Vaccination in Bombay 1913-1923 - 1913-1923
Year: 1913
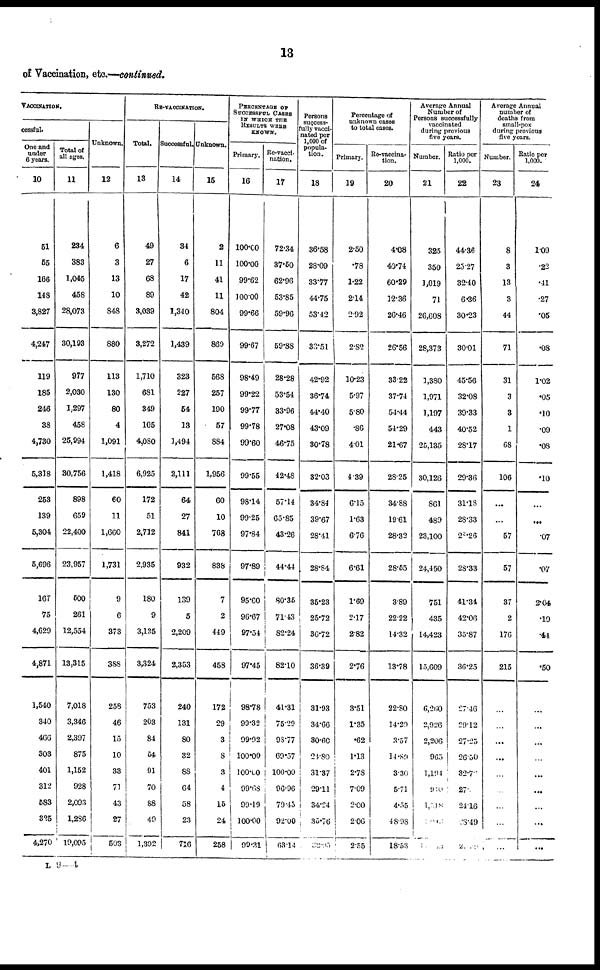
13
of Vaccination, etc.—continued.
VACCINATION.
cessful.
One and
under
6 years.
10
51
55
166
148
3,827
4,247
119
185
248
38
4,730
5,318
253
139
5,304
5,696
167
75
4,629
4,871
1,540
340
466
303
401
312
583
325
4,270
Total of
all ages.
11
234
383
1,045
458
28,073
30,193
977
2,030
1,297
458
25,994
30,756
898
659
22,400
23,957
500
261
12,554
13,315
7,018
3,346
2,397
875
1,152
928
2,093
1,236
19,095
Unknown.
12
6
3
13
10
848
880
113
130
80
4
1,091
1,418
60
11
1,660
1,731
9
6
373
388
258
46
15
10
33
71
43
27
503
RE-VACCINATION.
Total.
13
49
27
68
89
3,039
3,272
1,710
681
349
105
4,080
6,925
172
51
2,712
2,935
180
9
3,135
3,324
753
203
84
54
91
70
88
49
1,392
Successful.
14
34
6
17
42
1,340
1,439
323
227
54
13
1,494
2,111
64
27
841
932
139
5
2,209
2,353
240
131
80
32
88
64
58
23
716
Unknown.
15
2
11
41
11
804
869
568
257
190
57
884
1,956
60
10
768
838
7
2
449
458
172
29
3
8
8
4
15
24
258
PERCENTAGE OF
SUCCESSFUL CASES
IN WHICH THE
RESULTS WERE
KNOWN.
Primary.
16
100.00
100.00
99.62
100.00
99.66
99.67
98.49
99.22
99.77
99.78
99.60
99.55
98.14
99.25
97.84
97.89
95.60
96.67
97.54
97.45
98.78
99.32
99.92
100.00
100.00
99.68
99.19
100.00
99.31
Re-vacci-
nation.
17
72.34
37.50
62.96
53.85
59.96
59.88
28.28
53.54
33.96
27.08
46.75
42.48
57.14
65.85
43.26
44.44
80.36
71.43
82.24
82.10
41.31
75.29
98.77
69.57
100.00
96.96
79.45
92.00
63.14
Persons
success-
fully vacci-
nated per
1,000 of
popula-
tion.
18
36.58
28.09
33.77
44.75
53.42
30.51
42.92
36.74
44.40
43.09
30.78
32.03
34.84
39.67
28.41
28.84
35.23
25.72
36.72
36.39
31.93
34.66
30.60
24.80
31.37
29.11
34.24
35.76
32.95
Percentage of
unknown cases
to total cases.
Primary.
19
2.50
.78
1.22
2.14
2.92
2.82
10.23
5.97
580
.86
4.01
4.39
6.15
1.63
6.76
6.61
1.69
2.17
2.82
2.76
3.51
1.35
.62
1.13
2.78
7.09
2.00
2.06
2.55
Re-vaccina-
tion.
20
4.08
40.74
60.29
12.36
26.46
26.56
33.22
37.74
54.44
54.29
21.67
28.25
34.88
19.61
28.32
28.65
3.89
22.22
14.32
13.78
22.80
14.20
3.57
14.89
3.30
5.71
4.55
48.98
18.53
Average Annual
Number of
Persons successfully
vaccinated
during previous
five years.
Number.
21
325
350
1,019
71
26,608
28,373
1,380
1,971
1,197
443
25,135
30,126
861
489
23,100
24,450
751
435
14,423
15,609
6,260
2,926
2,206
965
1,194
910
1,518
Ratio per
1,000.
22
44.36
25.27
32.40
6.36
30.23
30.01
45.56
32.08
39.33
40.52
28.17
29.36
31.18
28.33
28.26
28.33
41.34
42.06
35.87
36.25
27.46
29.12
27.25
26.50
32.70
27.0
24.16
28.49
Average Annual
number of
deaths from
small-pox
during previous
five years.
Number.
23
8
3
13
3
44
71
31
3
3
1
68
106
...
...
57
57
37
2
176
215
...
...
...
...
...
...
...
...
...
Ratio per
1,000.
24
1.09
.22
.41
.27
.05
.08
1.02
.05
.10
.09
.08
.10
...
...
.07
.07
2.04
.19
.44
.50
...
...
...
...
...
...
...
...
...
L 9—4